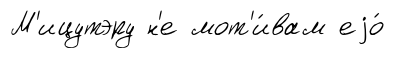
М'ицутэру н'е мот'и́вам еjо́